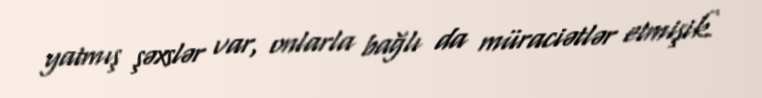
yatmış şəxslər var, onlarla bağlı da müraciətlər etmişik.